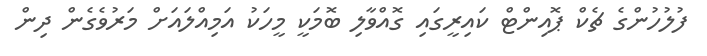
ފުލުހުންގެ ޗެކް ޕޮއިންޓް ކައިރީގައި ގޮއްވާލި ބޮމަކީ މީހަކު އަމިއްލައަށް މަރުވެގެން ދިން